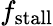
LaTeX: f_{\mathrm{stall}}